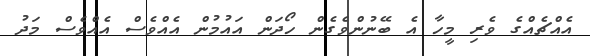
އެއްޗެއްގެ ވެރި މީހާ އެ ބޭނުންވެގެން ހޯދަން އައުމުން އެއްވެސް އެއްވެސް މަދު